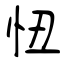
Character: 忸